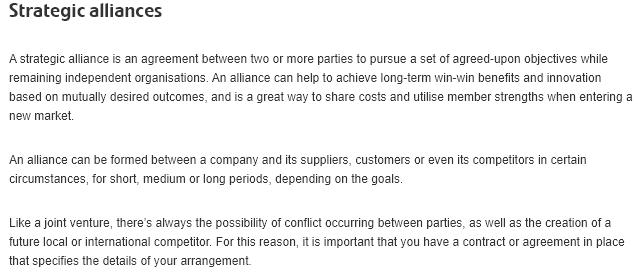
Like a joint venture, there's always the possibility of conflict occurring between parties, as well as the creation of a
  future local or international competitor. For this reason, itis important that you have a contract or agreement in place
  that specifies the details of your arrangement
  An alliance can be formed between a company and its suppliers, customers or even its competitors in certain
  circumstances, for short, medium or long periods, depending on the goals.
  Astrategic alliance is an agreement between two or more parties to pursue a set of agreed-upon objectives while
  remaining independent organisations. An alliance can help to achieve long-term win-win benefits and innovation
  based on mutually desired outcomes, and is a great way to share costs and utilise member strengths when entering a
  new market.
  Strategic    alliances